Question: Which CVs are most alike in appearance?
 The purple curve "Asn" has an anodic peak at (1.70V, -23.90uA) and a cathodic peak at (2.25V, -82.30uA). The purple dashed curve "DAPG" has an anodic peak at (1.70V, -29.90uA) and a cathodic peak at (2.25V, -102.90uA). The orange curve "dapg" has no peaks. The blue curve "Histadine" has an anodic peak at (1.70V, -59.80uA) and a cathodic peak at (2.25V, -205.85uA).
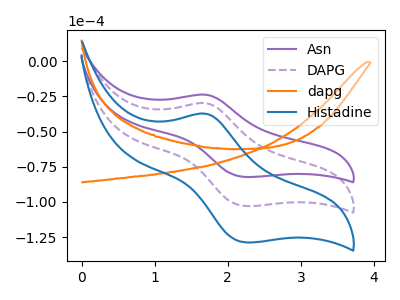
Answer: <think>All the peaks in "Asn" have a peak in "DAPG" at the same potential. "Asn" and "dapg" have a different number of peaks. All the peaks in "Asn" have a peak in "Histadine" at the same potential. "DAPG" and "dapg" have a different number of peaks. All the peaks in "DAPG" have a peak in "Histadine" at the same potential. "dapg" and "Histadine" have a different number of peaks.
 </think>
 <answer>"Asn", "DAPG" and "Histadine" have the same shape and are likely CV's of the same chemical.</answer>
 <eval>"Asn" "DAPG" "Histadine"</eval>